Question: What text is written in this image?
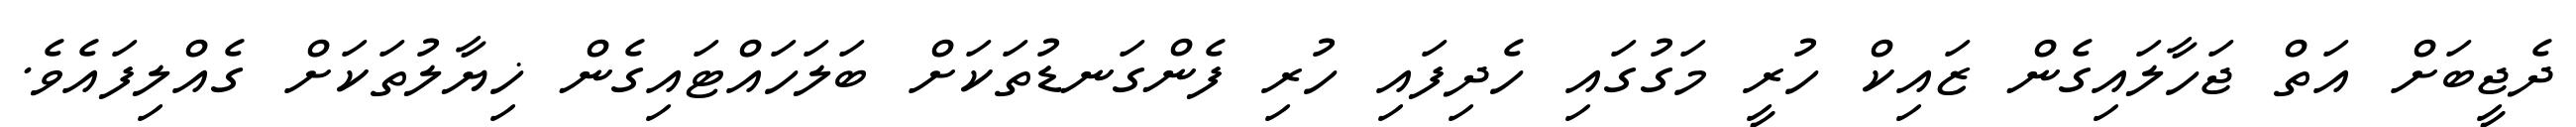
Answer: ދެޖީބަށް އަތް ޖަހާލައިގެން ޒައިކް ހުރީ މަގުގައި ހެދިފައި ހުރި ފެންގަނޑުތަކަށް ބަލަހައްޓައިގެން ޚިޔާލުތަކަށް ގެއްލިފައެވެ.